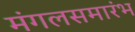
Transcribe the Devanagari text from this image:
मंगलसमारंभ